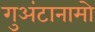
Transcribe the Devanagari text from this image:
गुअंटानामो